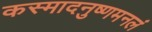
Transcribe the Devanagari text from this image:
कस्मादनुष्णमनलं